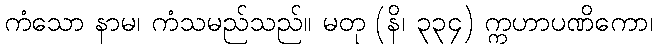
ကံသော နာမ၊ ကံသမည်သည်။ မတု (နိ၊ ၃၃၄) က္ကဟာပဏိကော၊